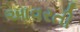
આવરતી